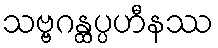
သဗ္ဗဂန္ထပ္ပဟီနဿ